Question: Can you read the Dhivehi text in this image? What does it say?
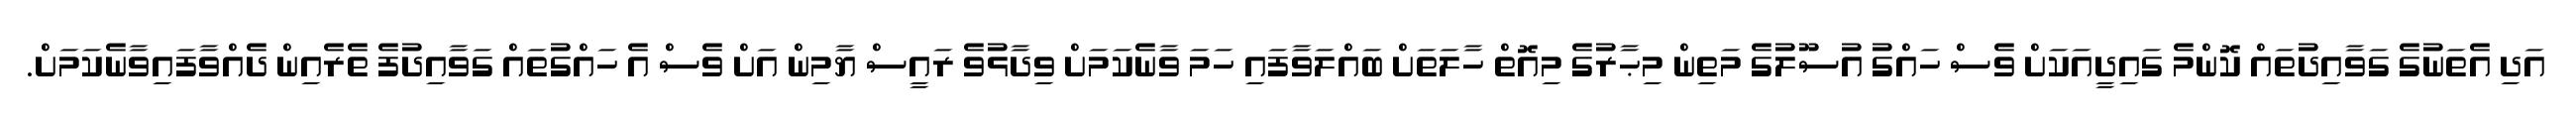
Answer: އަދި އެތަނުގެ ގަވާއިދުތައް ކޮންމެ ގައިދީއަކަށް ވެސް ހައްގު އުސޫލުގެ މަތިން މިޙާރުގެ މިއޮތް ހާލަތަށް ބައްލަވާފައި ހަމަ ވާނެކަމަށް ވިދާޅުވެ ރައީސް ޔާމިން އަށް ވެސް އެ ހައްގުތައް ގަވާއިދުފެ ތެރެއިން ދެއްވާފައިވާނެކަމަށް.